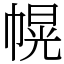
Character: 幌